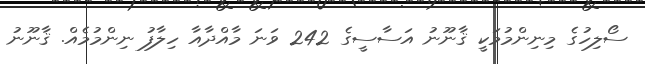
ސޯލިހުގެ މިނިންމުމަކީ ޤާނޫނު އަސާސީގެ 242 ވަނަ މާއްދާއާ ހިލާފު ނިންމުމެއް. ޤާނޫނު